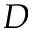
D